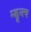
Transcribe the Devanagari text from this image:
म्ह्णूनच